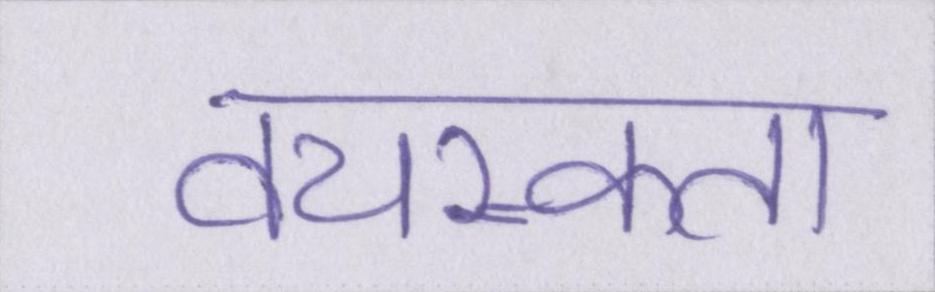
वयस्कता